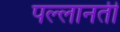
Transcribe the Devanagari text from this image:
पल्लानती